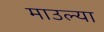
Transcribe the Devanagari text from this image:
माउल्या